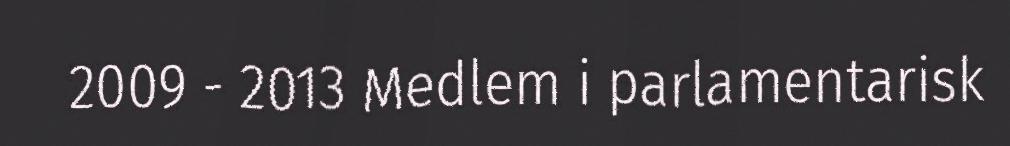
2009 - 2013 Medlem i parlamentarisk